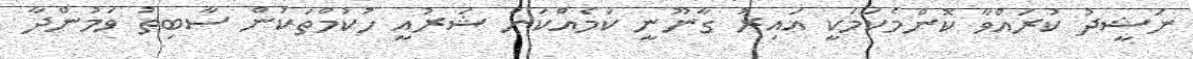
ނަޝީދު ކުރައްވާ ކޮންމެކަމަކީ ޣައިރު ގާނޫނީ ކަމެއްކަން ޝަރުއީ ހުކުމްތަކުން ސާބިތު ވަމުންދާ